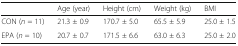
|  | Age (year) | Height (cm) | Weight (kg) | BMI |
 | --- | --- | --- | --- | --- |
 | CON (n = 11) | 21.3 ± 0.9 | 170.7 ± 5.0 | 65.5 ± 5.9 | 25.0 ± 1.5 |
 | EPA (n = 10) | 20.7 ± 0.7 | 171.5 ± 6.6 | 63.0 ± 6.3 | 25.0 ± 2.0 |